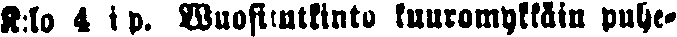
K:lo 4 i p. Wuositutkinto kuuromykkäin puhe-